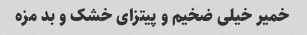
خمیر خیلی ضخیم و پیتزای خشک و بد مزه